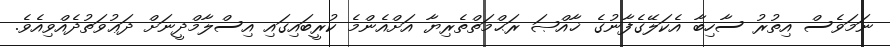
ނަމަވެސް އިތުރު ސާހިބާ އެކަލޭގެފާނުގެ ޚާއްޞަ ރަޙްމަތްތެރިޔާ އަށްއެންމެ ކުރީބައިގައި އިސްލާމްދީނަށް ދަޢުވަތުދެއްވިއެވެ.